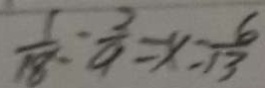
\frac { 1 } { 1 8 } : \frac { 2 } { 9 } = x : \frac { 6 } { 1 3 }